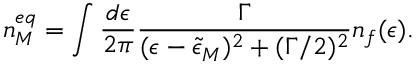
n _ { M } ^ { e q } = \int \frac { d \epsilon } { 2 \pi } \frac { \Gamma } { ( \epsilon - \tilde { \epsilon } _ { M } ) ^ { 2 } + ( \Gamma / 2 ) ^ { 2 } } n _ { f } ( \epsilon ) .